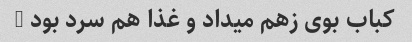
کباب بوی زهم میداد و غذا هم سرد بود …